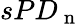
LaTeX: sPD_{\mathrm{~n~}}